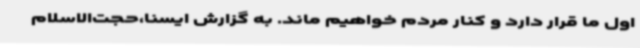
اول ما قرار دارد و کنار مردم خواهیم ماند. به گزارش ایسنا،حجت‌الاسلام